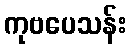
ကုဗပေသန်း